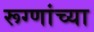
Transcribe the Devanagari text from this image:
रूग्णांच्या